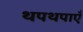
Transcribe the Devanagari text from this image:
थपथपाएँ